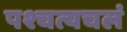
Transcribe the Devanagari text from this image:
पश्चत्यचलं